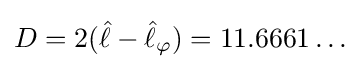
D=2({\hat {\ell }}-{\hat {\ell }}_{\varphi })=11.6661\ldots